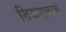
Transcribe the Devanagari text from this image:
तिळगुळाचे